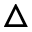
\triangle